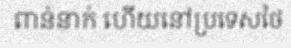
ពាន់នាក់ ហើយនៅប្រទេសថៃ